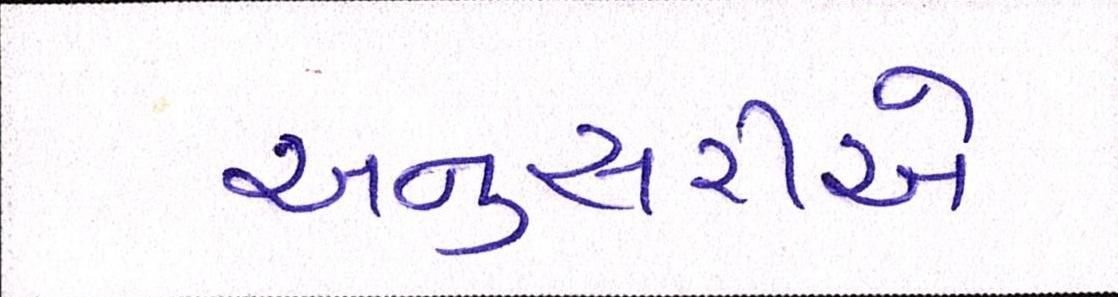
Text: અનુસરીએ